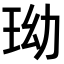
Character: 𤤬